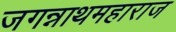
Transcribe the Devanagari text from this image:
जगन्नाथमहाराज